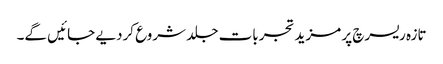
تازہ ریسرچ پر مزید تجربات جلد شروع کردیے جائیں گے۔